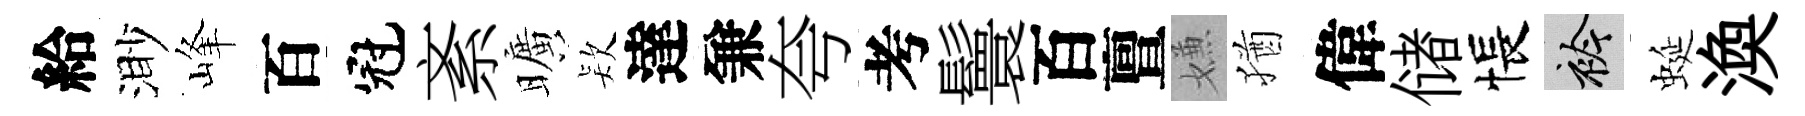
給渺峰百冠紊曠𣣇達兼夸考鬟百亶嫌猶偉储悵衿蜒渙